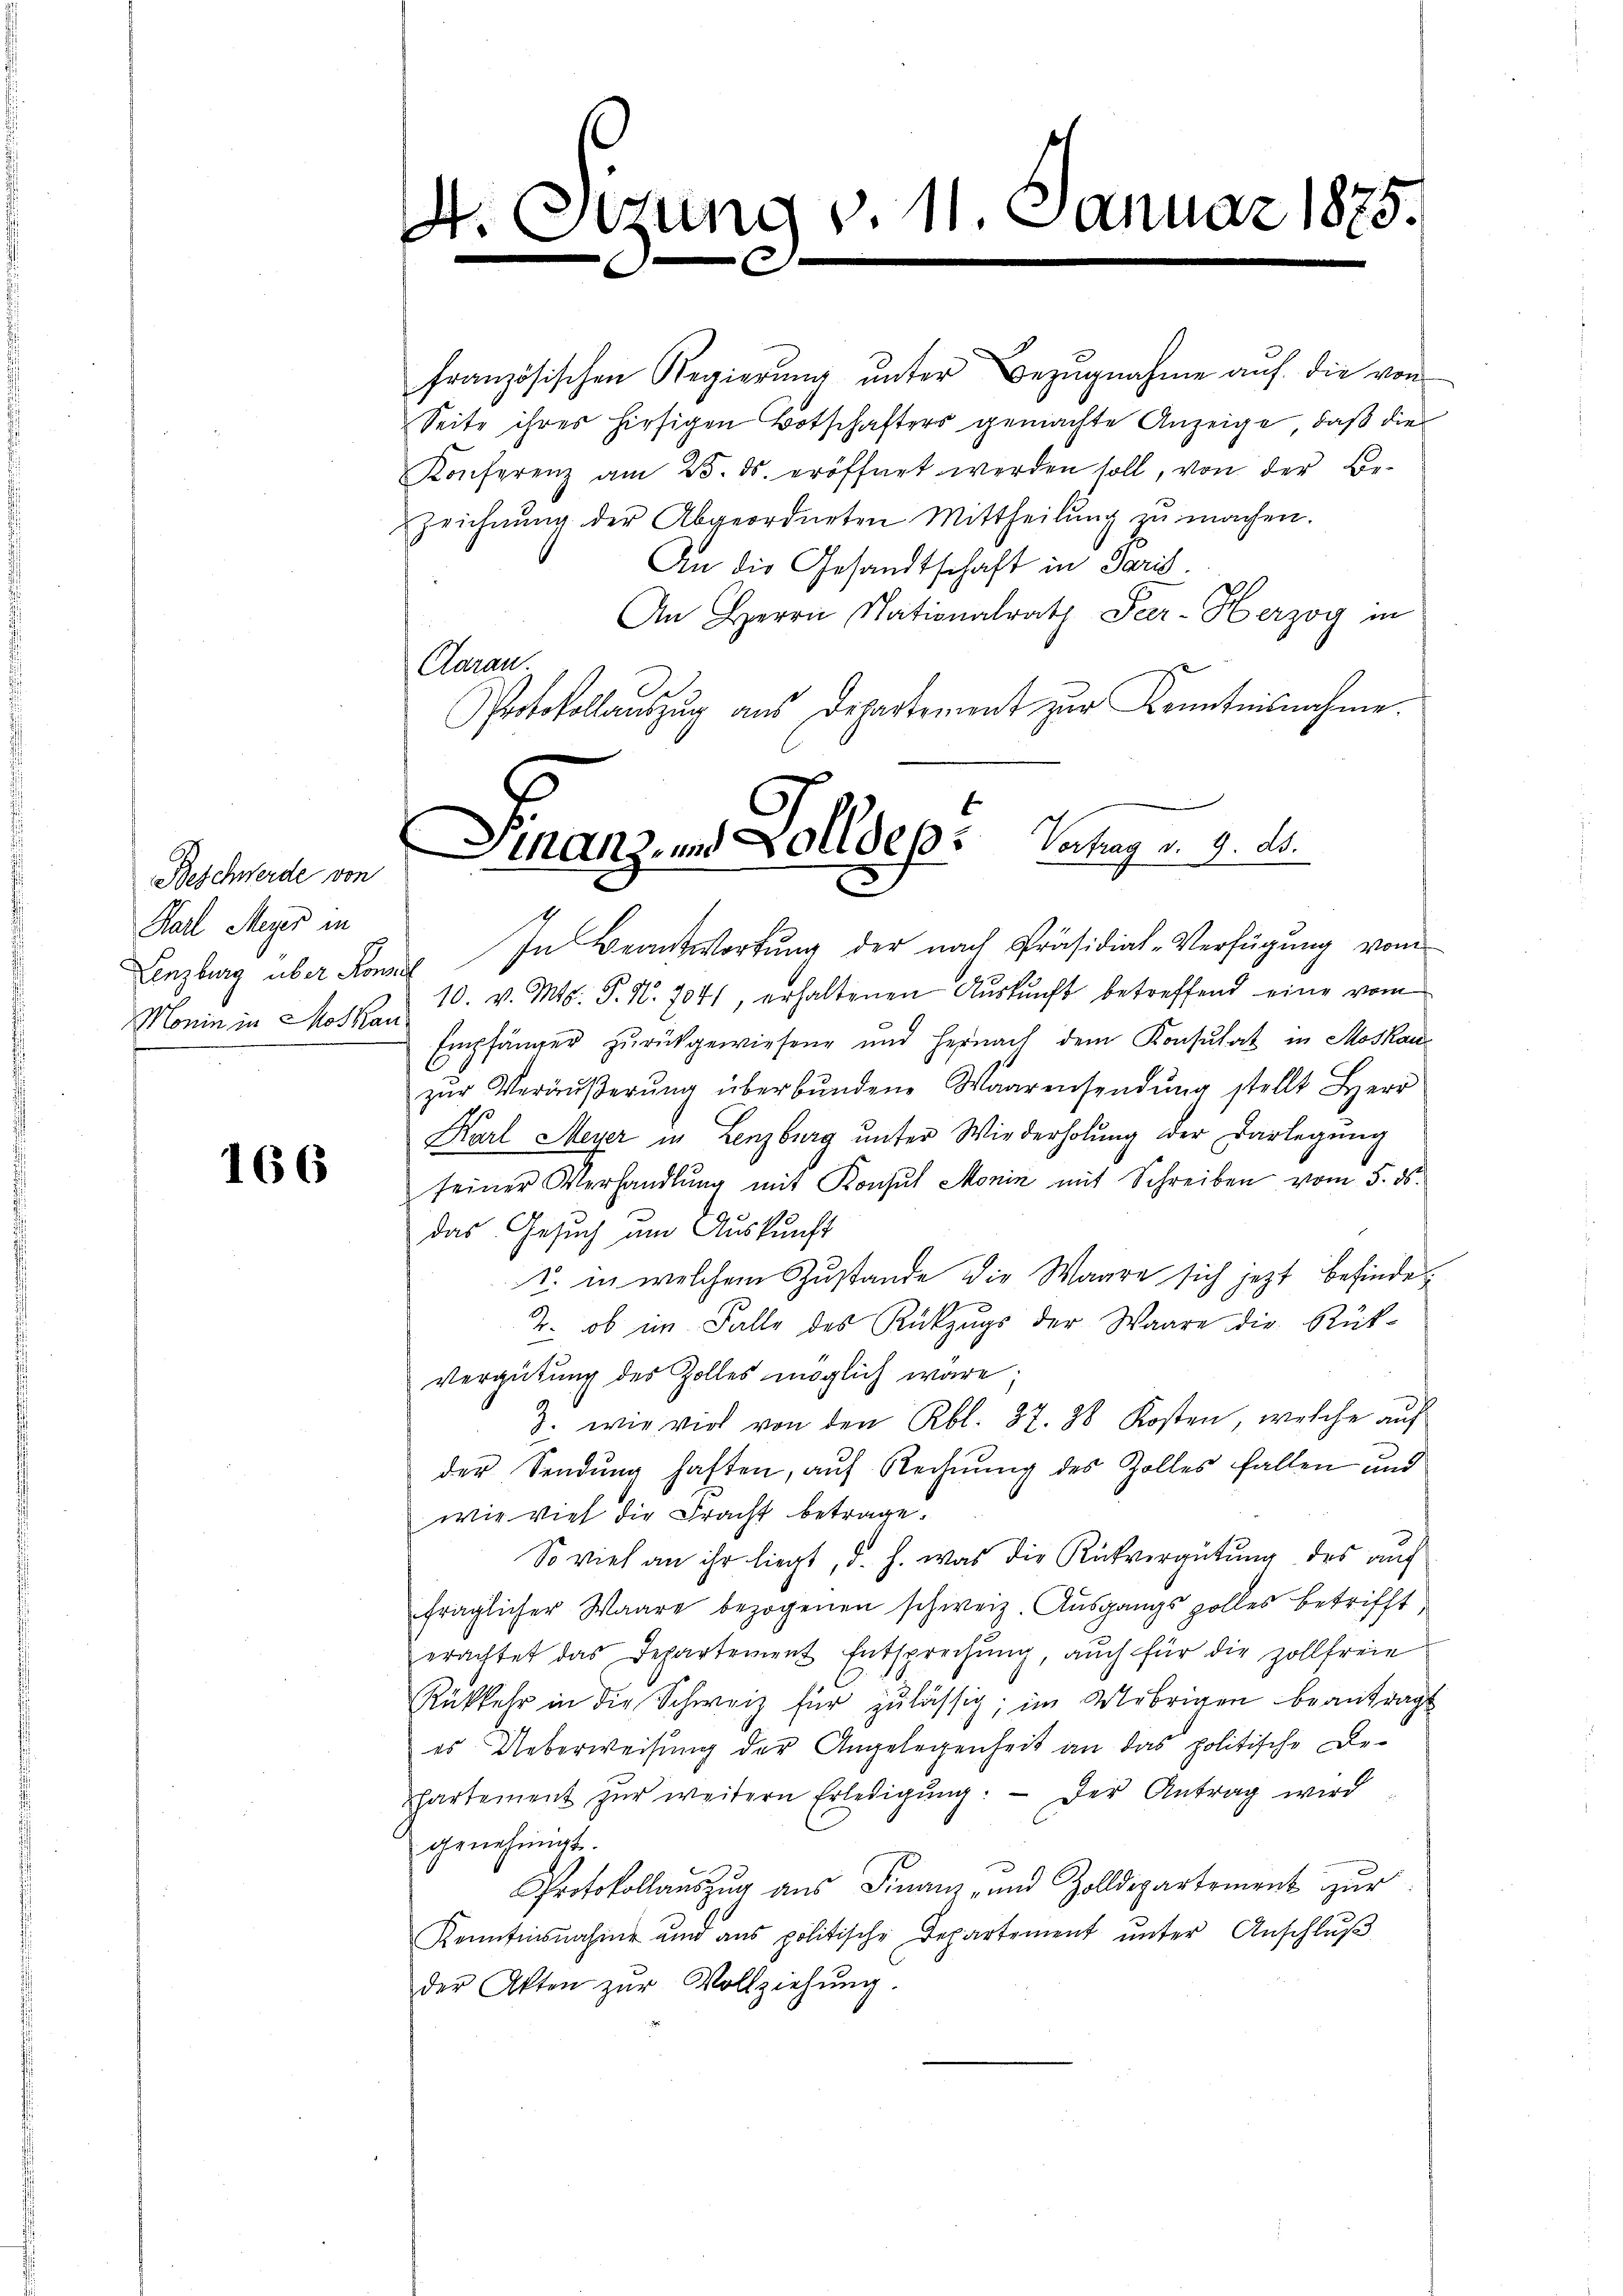
Beschwerde von
Karl Meyer in
Lenzburg über Konsul

166

4.

französischen Regierung unter Bezugnahme auf die von
Seite ihres hiesigen Botschafters gemachte Anzeige, daß die
Konferenz am 25. ds. eröffnet werden soll, von der Be-
Zeichnŭng der Abgeordneten Mittheilŭng zŭ machen.
An die Gesandtschaft in Paris.
An Herrn Nationalrath Par- Herzog in
Claran
Protokollauszug aus Departement zur Kenntnisnahme.

tung v. 11. Januar 1875.

Finanz- und Zolldep: Vertrag v. 9. ds.

In Beantwortŭng der nach Präsidial-Verfügŭng vom
Monin in Moskau 10. v. Mts. P. Nr. 704), erhaltenen Auskunft betreffend eine vom
Empfänger zurückgewiesene und hernach dem Konsulat in Moskauzŭr Veräŭβerŭng überbŭndene Waarensendŭng stellt Herr
Karl Meyer in Lenzburg unter Wiederholung der Darlegung
seiner Verhandlŭng mit Konsul Monin mit Schreiben vom 5. ds.
das Gesuch um Auskunft
1. in welchem Zustande die Waare sich jezt befinde
2. ob im Falle des Rückzŭgs der Waare die Rück-
Vergütung des Zolles möglich wäre;
3. wie viel von den Rbl. 37. 28 Kosten, welche auf
der Sendung haften, auf Rechnung des Zolles fallen und
wie viel die Fracht betrage.
So viel an ihr liegt, d. h. was die Rückvergütung des auf
fraglicher Waare bezogenen schweiz. Ausgangs zolles betrifft
erachtet das Departement Entsprechung, auch für die Zollfreie
Rükkehr in die Schweiz für zulässig; im Uebrigen beantragt
es Ueberweisung der Angelegenheit an das politische Departement zŭr weitern Erledigŭng: Der Antrag wird
genehmigt.
Protokollauszug aus Finanz- und Zolldepartement zur
Kenntnisnahme und aus politische Departement ŭnter Anschlŭβ
der Akten zŭr Vollziehŭng.